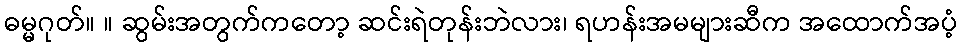
ဓမ္မဂုတ်။ ။ ဆွမ်းအတွက်ကတော့ ဆင်းရဲတုန်းဘဲလား၊ ရဟန်းအမများဆီက အထောက်အပံ့